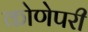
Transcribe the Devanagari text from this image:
कोणेपरी